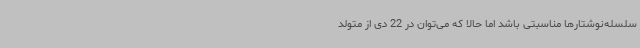
سلسله‌نوشتارها مناسبتی باشد اما حالا که می‌توان در 22 دی از متولد